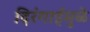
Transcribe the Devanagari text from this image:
दिरंगाईमुळे